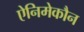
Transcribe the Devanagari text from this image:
ऐनिमेकौन